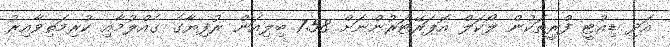
އަދި ޑިއުޓީ ފްރީތަކުން ލޯކަލް އޮޕަރޭޓަރުންނަށް 7.58 ބިލިއަން ރުފިޔާގެ ގެއްލުމާއި ކުރިމަތިވާއިރު